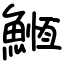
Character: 䱭